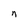
Character: n